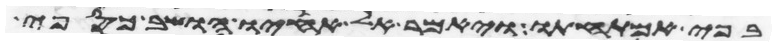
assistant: בפי אמתחתו ויאמר אל אחיו הושב כספי